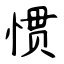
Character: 惯